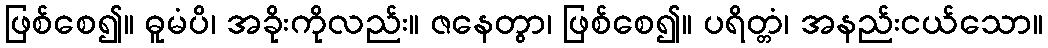
ဖြစ်စေ၍။ ဓူမံပိ၊ အခိုးကိုလည်း။ ဇနေတွာ၊ ဖြစ်စေ၍။ ပရိတ္တံ၊ အနည်းငယ်သော။